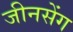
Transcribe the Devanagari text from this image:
जीनसेंग